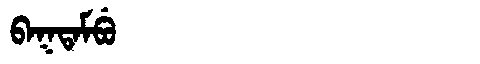
Manchu: ᠪᠠᡴᡨᠠᠮᠪᡠ
Romanization: BAKTAMBU